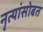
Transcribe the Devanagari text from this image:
नृत्यांसोबत